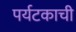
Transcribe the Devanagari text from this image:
पर्यटकाची